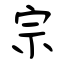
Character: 宗